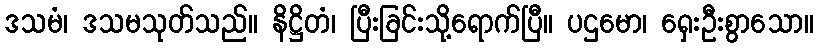
ဒသမံ၊ ဒသမသုတ်သည်။ နိဋ္ဌိတံ၊ ပြီးခြင်းသို့ရောက်ပြီ။ ပဌမော၊ ရှေးဦးစွာသော။